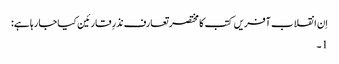
اِن انقلاب آفریں کتب کا مختصر تعارف نذرِ قارئین کیا جا رہا ہے:
1۔